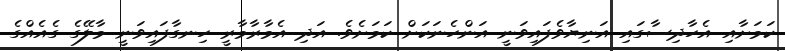
ކަމަށާއި އެހާދިސާގައި އަނިޔާވެފައިވަނީ އަންހެނަކަށް ކަމަށެވެ. އަދި އެމާރާމާރީ ހިނގާފައިވަނީ މާލޭގެ ގެއެއްގެ